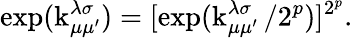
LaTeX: \exp(\operatorname{k}_{\mu\mu^{\prime}}^{\lambda\sigma})=[\exp(\operatorname{k}_{\mu\mu^{\prime}}^{\lambda\sigma}/2^{p})]^{2^{p}}.